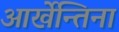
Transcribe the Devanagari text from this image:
आर्खेन्तिना